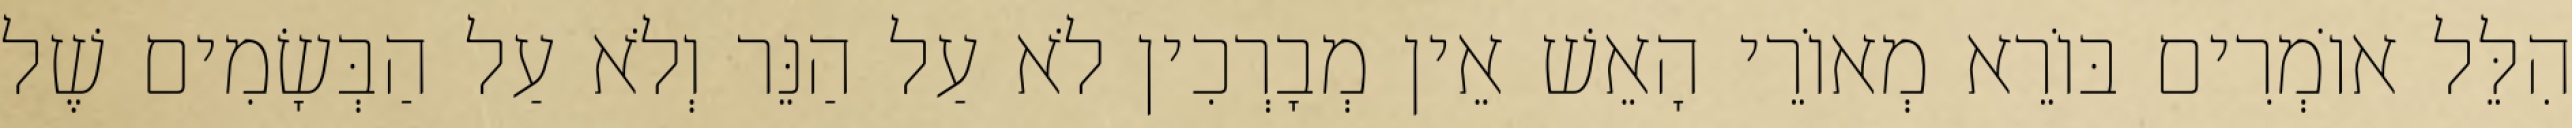
הִלֵּל אוֹמְרִים בּוֹרֵא מְאוֹרֵי הָאֵשׁ אֵין מְבָרְכִין לֹא עַל הַנֵּר וְלֹא עַל הַבְּשָׂמִים שֶׁל